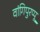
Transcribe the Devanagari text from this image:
वांगिपुरप्पू